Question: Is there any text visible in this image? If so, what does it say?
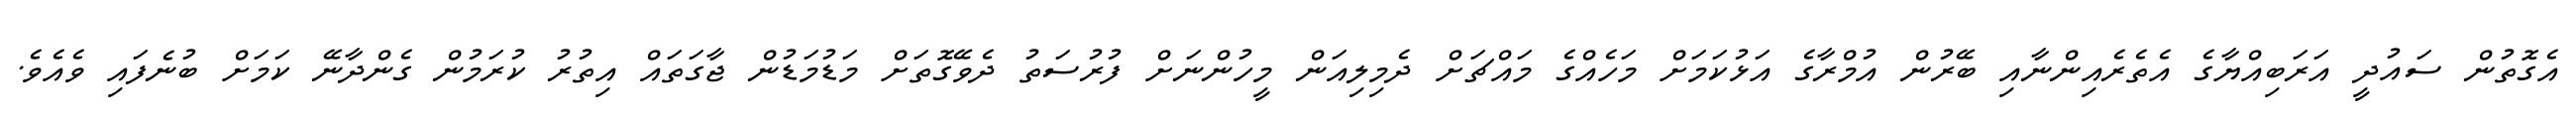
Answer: އެގޮތުން ސައުދީ އަރަބިއްޔާގެ އެތެރެއިންނާއި ބޭރުން އުމްރާގެ އަޅުކަމަށް މަހެއްގެ މައްޗަށް ދެމިލިއަން މީހުންނަށް ފުރުސަތު ދެވޭގޮތަށް މަޑުމަޑުން ޖާގަތައް އިތުރު ކުރަމުން ގެންދާނޭ ކަމަށް ބުނެފައި ވެއެވެ.